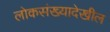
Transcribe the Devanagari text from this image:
लोकसंख्यादेखील